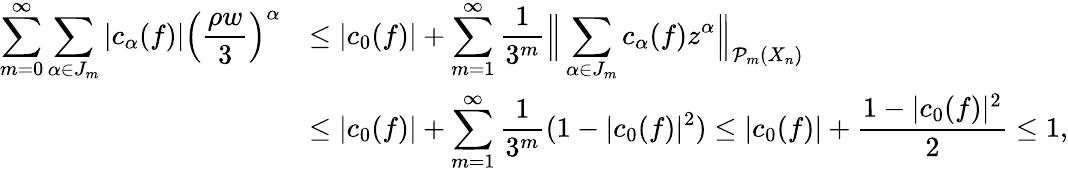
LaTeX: \begin{array}{rl}{\displaystyle\sum_{m=0}^{\infty}\displaystyle\sum_{\alpha\in J_{m}}|c_{\alpha}(f)|\left(\frac{\rho w}{3}\right)^{\alpha}}&{\le|c_{0}(f)|+\displaystyle\sum_{m=1}^{\infty}\frac{1}{3^{m}}\Big\| \displaystyle\sum_{\alpha\in J_{m}}c_{\alpha}(f)z^{\alpha}\Big\| _{\mathcal P_{m}({X_{n}})}}\\ &{\le|c_{0}(f)|+\displaystyle\sum_{m=1}^{\infty}\frac{1}{3^{m}}(1-|c_{0}(f)|^{2})\le|c_{0}(f)|+\frac{1-|c_{0}(f)|^{2}}{2}\le 1,}\end{array}